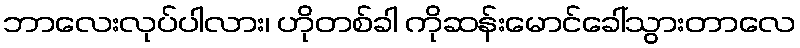
ဘာလေးလုပ်ပါလား၊ ဟိုတစ်ခါ ကိုဆန်းမောင်ခေါ်သွားတာလေ